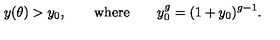
y ( \theta ) > y _ { 0 } , \qquad \mathrm { w h e r e } \qquad y _ { 0 } ^ { g } = ( 1 + y _ { 0 } ) ^ { g - 1 } .